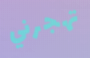
تهجرني